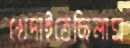
খেদাইতেছিলাম